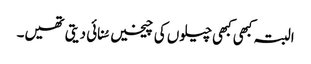
البتہ کبھی کبھی چیلوں کی چیخیں سُنائی دیتی تھیں۔